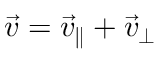
{ \vec { v } } = { \vec { v } } _ { \parallel } + { \vec { v } } _ { \perp }